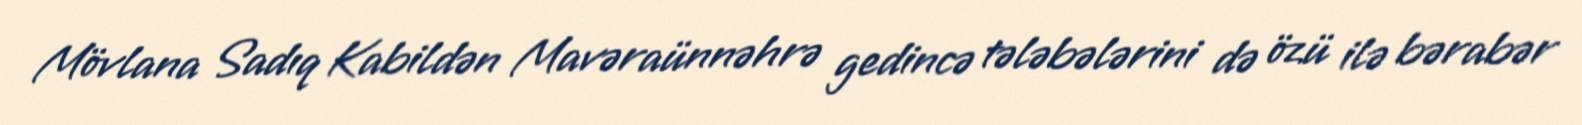
Mövlana Sadıq Kabildən Mavəraünnəhrə gedincə tələbələrini də özü ilə bərabər